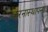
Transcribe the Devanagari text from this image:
करनास्थापना